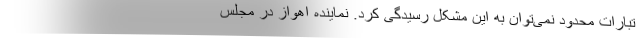
تبارات محدود نمی‌توان به این مشکل رسیدگی کرد. نماینده اهواز در مجلس